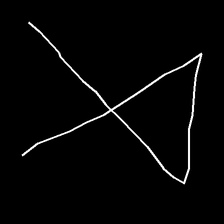
Glyph: collection